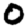
Digit: 0